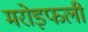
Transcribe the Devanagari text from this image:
मरोड़फली